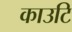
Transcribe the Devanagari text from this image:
काउटि